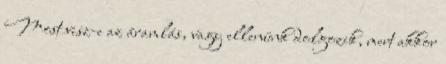
Most visz-e az áramlás, vagy ellenünk dolgozik, mert akkor